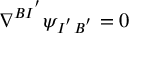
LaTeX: \nabla ^ { B I ^ { ' } } \psi _ { I ^ { ' } B ^ { ' } } = 0